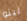
لينو